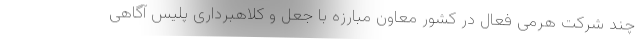
چند شرکت هرمی فعال در کشور معاون مبارزه با جعل و کلاهبرداری پلیس آگاهی